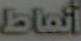
أنماط